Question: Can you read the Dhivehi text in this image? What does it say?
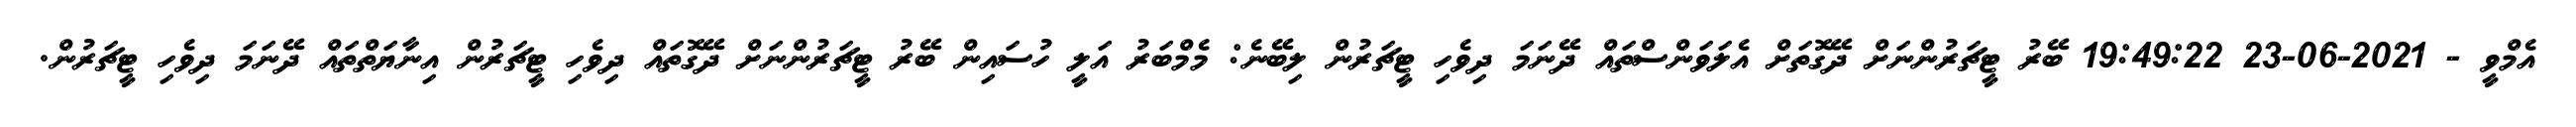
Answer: އެމްވީ - 2021-06-23 19:49:22 ބޭރު ޓީޗަރުންނަށް ދޭގޮތަށް އެލަވަންސްތައް ދޭނަމަ ދިވެހި ޓީޗަރުން ލިބޭނެ: މެމްބަރު އަލީ ހުސައިން ބޭރު ޓީޗަރުންނަށް ދޭގޮތައް ދިވެހި ޓީޗަރުން އިނާޔަތްތައް ދޭނަމަ ދިވެހި ޓީޗަރުން.